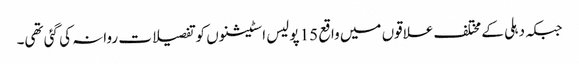
جبکہ دہلی کے مختلف علاقوں میں واقع 15 پولیس اسٹیشنوں کو تفصیلات روانہ کی گئی تھی۔